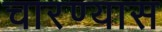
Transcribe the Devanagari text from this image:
चारण्यास